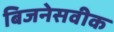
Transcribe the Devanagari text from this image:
बिजनेसवीक